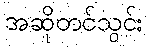
အဆိုတင်သွင်း